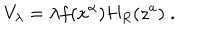
V _ { \lambda } = \lambda f ( x ^ { \alpha } ) H _ { R } ( z ^ { a } ) \; .